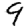
Digit: 9